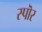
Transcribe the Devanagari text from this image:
स्पॊर